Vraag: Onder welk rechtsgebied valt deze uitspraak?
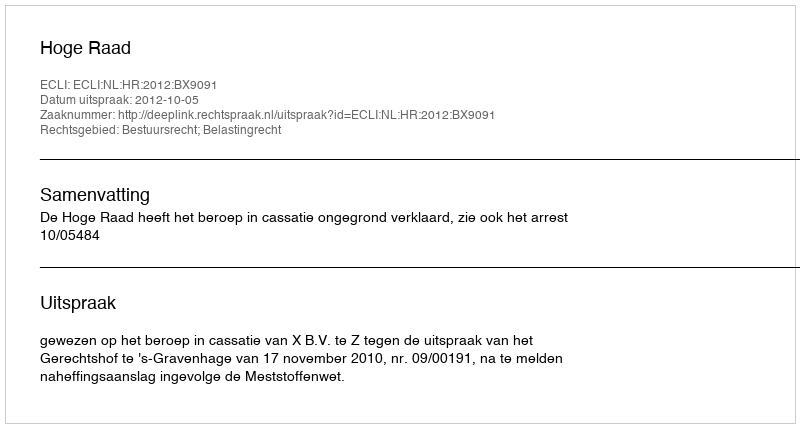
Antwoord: Bestuursrecht; Belastingrecht